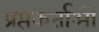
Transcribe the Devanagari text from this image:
प्रप्तकर्ताओं